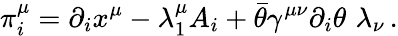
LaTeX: \pi_{i}^{\mu}=\partial_{i}x^{\mu}-\lambda_{1}^{\mu}A_{i}+\bar{\theta}\gamma^{\mu\nu}\partial_{i}\theta\, \, \lambda_{\nu}\, .